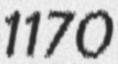
1170